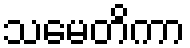
သမေတိကာ